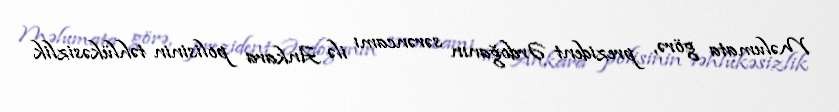
Məlumata görə, prezident Ərdoğanın sərəncamı ilə Ankara polisinin təhlükəsizlik